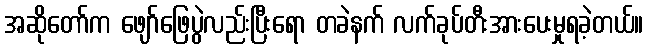
အဆိုတော်က ဖျော်ဖြေပွဲလည်းပြီးရော တခဲနက် လက်ခုပ်တီးအားပေးမှုရခဲ့တယ်။